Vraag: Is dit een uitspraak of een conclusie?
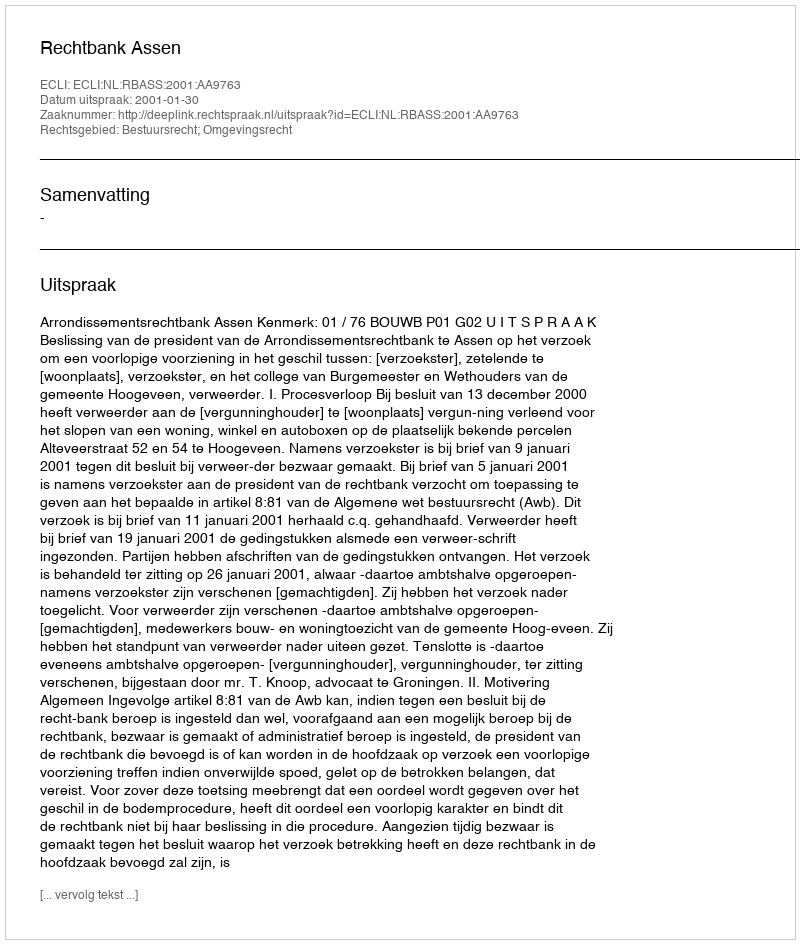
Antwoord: Uitspraak